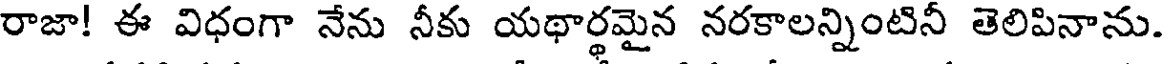
రాజా! ఈ విధంగా నేను నీకు యథార్థమైన నరకాలన్నింటినీ తెలిపినాను.